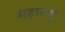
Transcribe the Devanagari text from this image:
महाराष्टृ